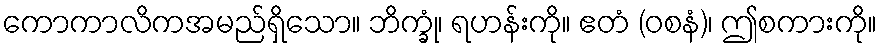
ကောကာလိကအမည်ရှိသော။ ဘိက္ခုံ၊ ရဟန်းကို။ ဧတံ (ဝစနံ)၊ ဤစကားကို။